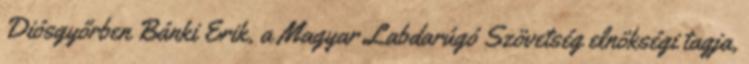
Diósgyőrben Bánki Erik, a Magyar Labdarúgó Szövetség elnökségi tagja,